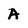
Character: A